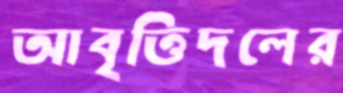
আবৃত্তিদলের